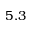
5 . 3